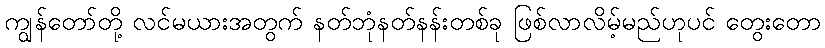
ကျွန်တော်တို့ လင်မယားအတွက် နတ်ဘုံနတ်နန်းတစ်ခု ဖြစ်လာလိမ့်မည်ဟုပင် တွေးတော